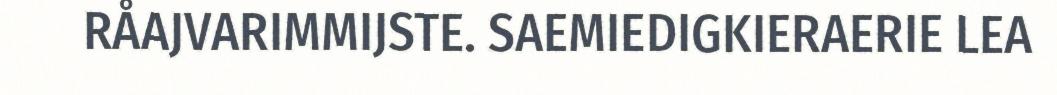
RÅAJVARIMMIJSTE. SAEMIEDIGKIERAERIE LEA